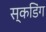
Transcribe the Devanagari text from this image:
स्कडिंग